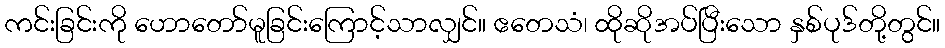
ကင်းခြင်းကို ဟောတော်မူခြင်းကြောင့်သာလျှင်။ ဧတေသံ၊ ထိုဆိုအပ်ပြီးသော နှစ်ပုဒ်တို့တွင်။